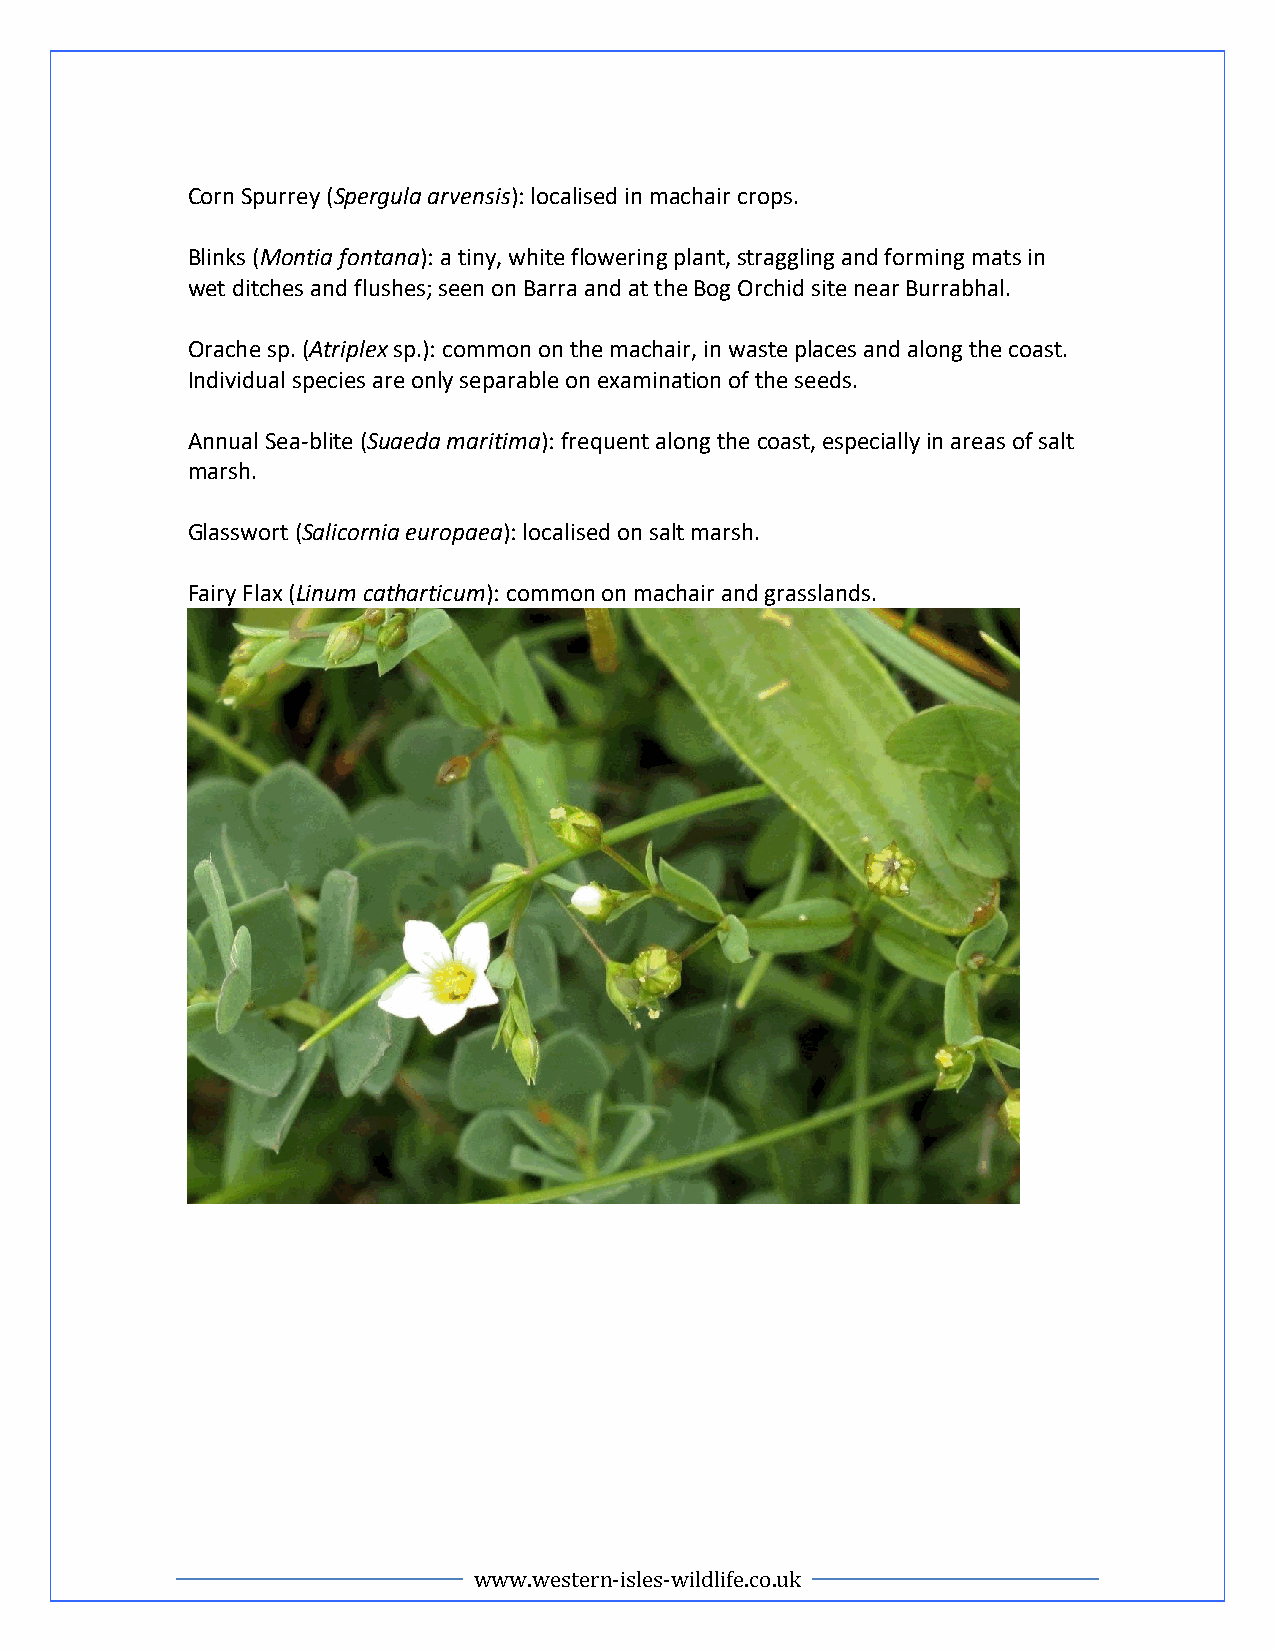
Corn Spurrey (Spergula arvensis): localised in machair crops.
 Blinks (Montia fontana): a tiny, white flowering plant, straggling and forming mats in
 wet ditches and flushes; seen on Barra and at the Bog Orchid site near Burrabhal.
 Orache sp. (Atriplex sp.): common on the machair, in waste places and along the coast.
 Individual species are only separable on examination of the seeds.
 Annual Sea-blite (Suaeda maritima): frequent along the coast, especially in areas of salt
 marsh.
 Glasswort (Salicornia europaea): localised on salt marsh.
 Fairy Flax (Linum catharticum): common on machair and grasslands.
 www.western-isles-wildlife.co.uk